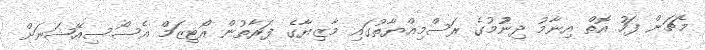
މެޗަށް ފަހު އޮތް އިނާމު ދިނުުމުގެ ރަސްމިއްޔާތުގައި މާޒިޔާގެ ފަރާތުން އޯޓިޒަމް އެސޯސިއޭޝަނަށް